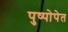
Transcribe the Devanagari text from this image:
पुष्पोपेत